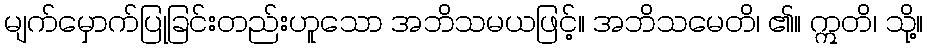
မျက်မှောက်ပြုခြင်းတည်းဟူသော အဘိသမယဖြင့်။ အဘိသမေတိ၊ ၏။ ဣတိ၊ သို့။